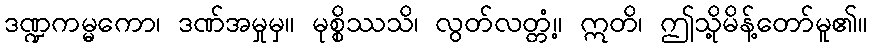
ဒဏ္ဍကမ္မကော၊ ဒဏ်အမှုမှ။ မုစ္စိဿသိ၊ လွတ်လတ္တံ့။ ဣတိ၊ ဤသို့မိန့်တော်မူ၏။